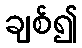
ချစ်၍